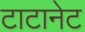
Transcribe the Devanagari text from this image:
टाटानेट